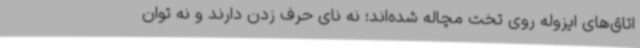
اتاق‌های ایزوله روی تخت مچاله شده‌اند؛ نه نای حرف زدن دارند و نه توان